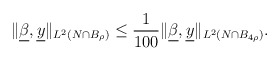
\begin{align*}\begin{aligned}\|\underline{\beta}, \underline{y}\|_{L^{2}(N\cap B_{\rho})} &\leq \frac{1}{100}\|\underline{\beta}, \underline{y}\|_{L^{2}(N\cap B_{4\rho})}.\end{aligned}\end{align*}